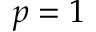
p = 1